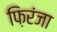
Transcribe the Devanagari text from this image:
फ़िरंजा